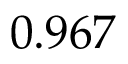
0 . 9 6 7 ^ { }